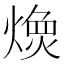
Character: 𱬇